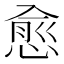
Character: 愈